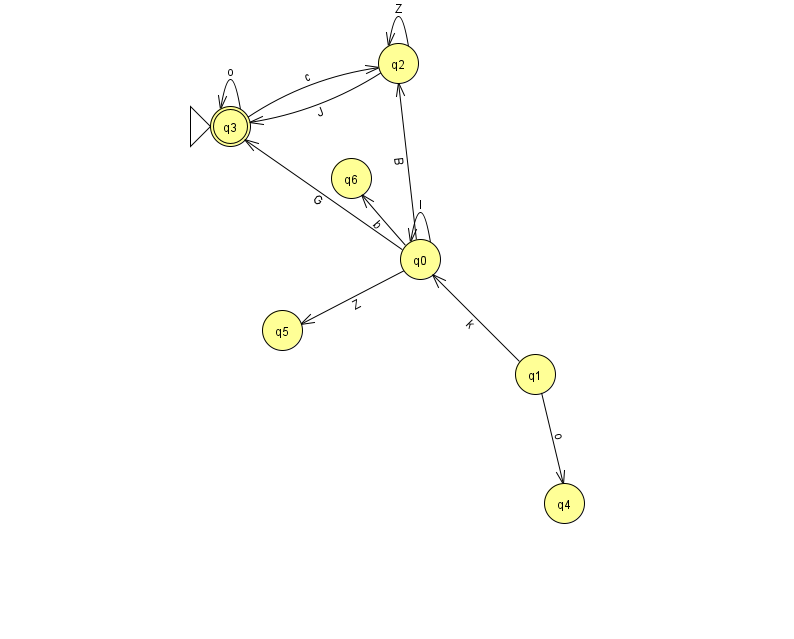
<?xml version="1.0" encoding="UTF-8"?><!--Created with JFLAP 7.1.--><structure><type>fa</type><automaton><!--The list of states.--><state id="0" name="q0"><x>420.0</x><y>246.0</y></state><state id="1" name="q1"><x>535.0</x><y>361.0</y></state><state id="2" name="q2"><x>398.0</x><y>50.0</y></state><state id="3" name="q3"><x>230.0</x><y>113.0</y><initial/><final/></state><state id="4" name="q4"><x>564.0</x><y>490.0</y></state><state id="5" name="q5"><x>282.0</x><y>317.0</y></state><state id="6" name="q6"><x>351.0</x><y>165.0</y></state><!--The list of transitions.--><transition><from>0</from><to>3</to><read>G</read></transition><transition><from>1</from><to>4</to><read>o</read></transition><transition><from>2</from><to>3</to><read>J</read></transition><transition><from>2</from><to>2</to><read>Z</read></transition><transition><from>0</from><to>2</to><read>B</read></transition><transition><from>0</from><to>0</to><read>l</read></transition><transition><from>0</from><to>6</to><read>b</read></transition><transition><from>3</from><to>2</to><read>c</read></transition><transition><from>0</from><to>5</to><read>Z</read></transition><transition><from>1</from><to>0</to><read>k</read></transition><transition><from>3</from><to>3</to><read>o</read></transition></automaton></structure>